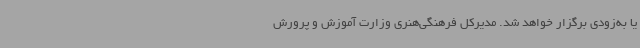
یا به‌زودی برگزار خواهد شد. مدیرکل فرهنگی‌هنری وزارت آموزش و پرورش